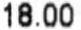
18.00